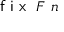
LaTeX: { \textsf { f i x } } \ F \ n